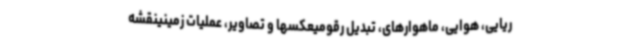
ریایی، هوایی، ماهوارهای، تبدیل رقومیعکسها و تصاویر، عملیات زمینینقشه